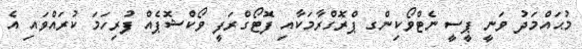
މުޙައްމަދު ވަނީ ޕީސީ ނެޓްވޯކިންގ ޕްރޮގްރާމަކާއި ފޮޓޯގްރަފީ ވޯކްޝޮޕެއް ފުރިހަމަ ކުރައްވައި އެ